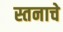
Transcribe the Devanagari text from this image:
स्तनाचे